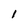
Character: 1